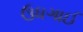
ઉધગાઈ